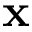
\mathbf { x }